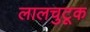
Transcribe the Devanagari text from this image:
लालचुटूक